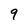
Character: 9